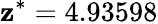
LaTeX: \mathbf{z}^{*}=4.93598